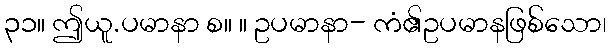
၃၁။ ဤယူ.ပမာနာ စ။ ။ ဥပမာနာ- ကံ၏ဥပမာနဖြစ်သော၊